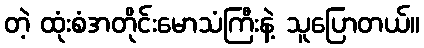
တဲ့ ထုံးစံအတိုင်းမောသံကြီးနဲ့ သူပြောတယ်။